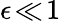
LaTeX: \epsilon\! \ll\! 1